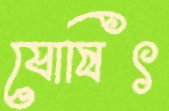
যোষিৎ